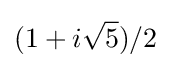
(1+i{\sqrt {5}})/2